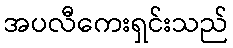
အပလီကေးရှင်းသည်